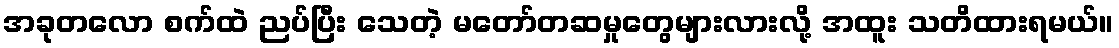
အခုတလော စက်ထဲ ညပ်ပြီး သေတဲ့ မတော်တဆမှုတွေများလားလို့ အထူး သတိထားရမယ်။